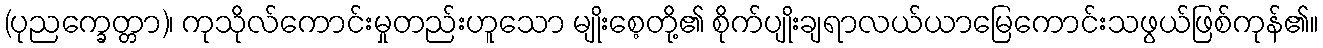
(ပုညက္ခေတ္တာ)၊ ကုသိုလ်ကောင်းမှုတည်းဟူသော မျိုးစေ့တို့၏ စိုက်ပျိုးချရာလယ်ယာမြေကောင်းသဖွယ်ဖြစ်ကုန်၏။